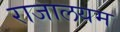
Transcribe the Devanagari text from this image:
राजालयम